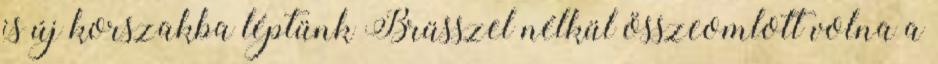
is új korszakba léptünk Brüsszel nélkül összeomlott volna a